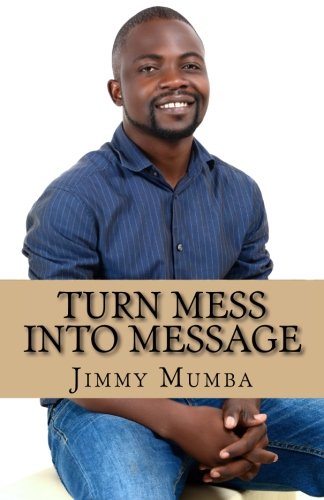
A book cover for Turn Mess Into Message; Mr jimmy Mumba; Health, Fitness & Dieting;